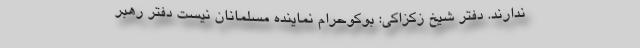
ندارند. دفتر شیخ زکزاکی: بوکوحرام نماینده مسلمانان نیست دفتر رهبر